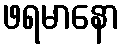
ဖရမာနော